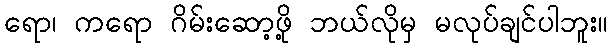
ရော၊ ကရော ဂိမ်းဆော့ဖို့ ဘယ်လိုမှ မလုပ်ချင်ပါဘူး။